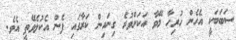
ސަބަބަކީ އެހެން ހުރިހާ މޭވާ އަކަށްވުރެ ގިނައިން ކަރާގައި ފެން އެކުލެވޭތީ އެވެ.